Indian Civil Veterinary Department memoirs
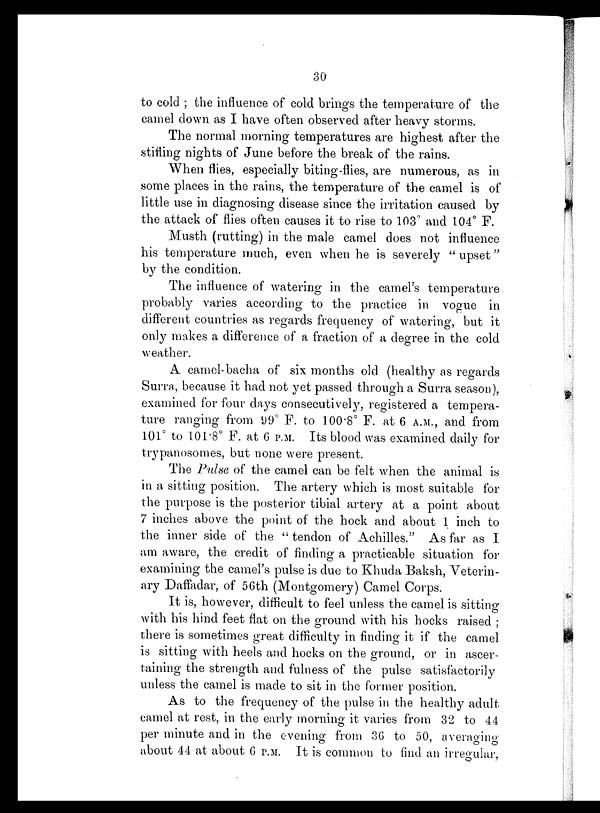
30
to cold ; the influence of cold brings the temperature of the
camel down as I have often observed after heavy storms.
The normal morning temperatures are highest after the
stifling nights of June before the break of the rains.
When flies, especially biting-flies, are numerous, as in
some places in the rains, the temperature of the camel is of
little use in diagnosing disease since the irritation caused by
the attack of flies often causes it to rise to 103° and 104° F.
Musth (rutting) in the male camel does not influence
his temperature much, even when he is severely " upset"
by the condition.
The influence of watering in the camel's temperature
probably varies according to the practice in vogue in
different countries as regards frequency of watering, but it
only makes a difference of a fraction of a degree in the cold
weather.
A camel-bacha of six months old (healthy as regards
Surra, because it had not yet passed through a Surra season),
examined for four days consecutively, registered a tempera-
ture ranging from 99° F. to 100.8° F. at 6 A.M., and from
101° to 101.8° F. at 6 P.M. Its blood was examined daily for
trypanosomes, but none were present.
The Pulse of the camel can be felt when the animal is
in a sitting position. The artery which is most suitable for
the purpose is the posterior tibial artery at a point about
7 inches above the point of the hock and about 1 inch to
the inner side of the " tendon of Achilles." As far as I
am aware, the credit of finding a practicable situation for
examining the camel's pulse is due to Khuda Baksh, Veterin-
ary Daffadar, of 56th (Montgomery) Camel Corps.
It is, however, difficult to feel unless the camel is sitting
with his hind feet flat on the ground with his hocks raised ;
there is sometimes great difficulty in finding it if the camel
is sitting with heels and hocks on the ground, or in ascer-
taining the strength and fulness of the pulse satisfactorily
unless the camel is made to sit in the former position.
As to the frequency of the pulse in the healthy adult
camel at rest, in the early morning it varies from 32 to 44
per minute and in the evening from 36 to 50, averaging
about 44 at about 6 P.M. It is common to find an irregular,